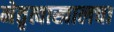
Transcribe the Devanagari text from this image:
नेतृत्वाखालचा